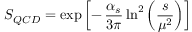
S _ { Q C D } = \exp \left[ - \, \frac { \alpha _ { s } } { 3 \pi } \ln ^ { 2 } \left( \frac { s } { \mu ^ { 2 } } \right) \right]